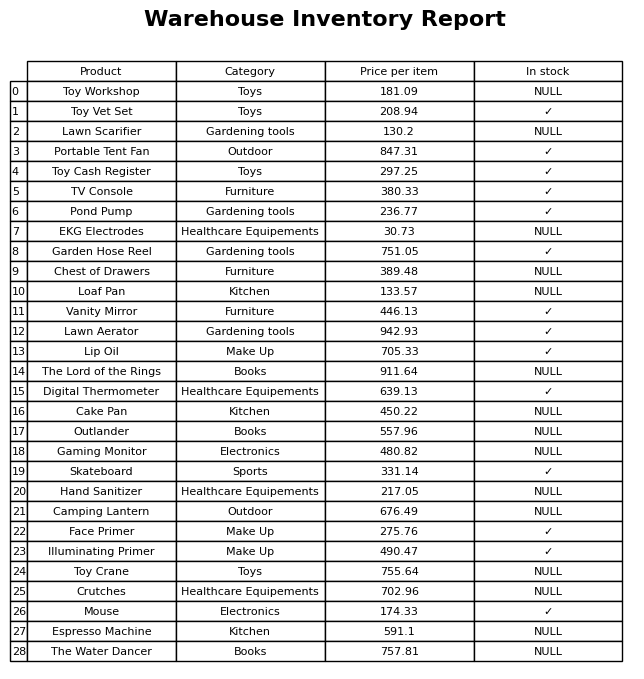
question: What is the stock status of the Skateboard?
answer: ✓